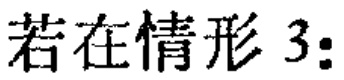
若在情形 3: